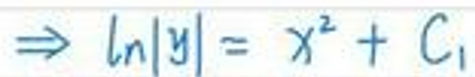
$\Rightarrow \ln |y| = x^{2}+C_{1}$